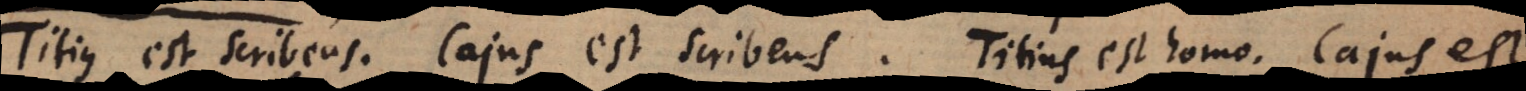
Titius est scribens, Cajus est scribens. Titius est homo. Cajus est